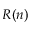
R ( n )